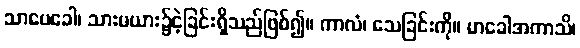
သာပေခေါ၊ သားမယား၌ငဲ့ခြင်းရှိသည်ဖြစ်၍။ ကာလံ၊ သေခြင်းကို။ မာခေါအကာသိ၊